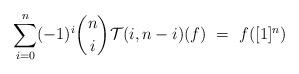
LaTeX: \begin{align*} \sum_{i=0}^n (-1)^i \binom{n}{i} \mathcal{T}(i, n-i)(f)\ =\ f([1]^n) \end{align*}